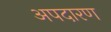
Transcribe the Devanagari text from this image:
अपदारण